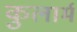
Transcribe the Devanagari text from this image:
कुलार्म